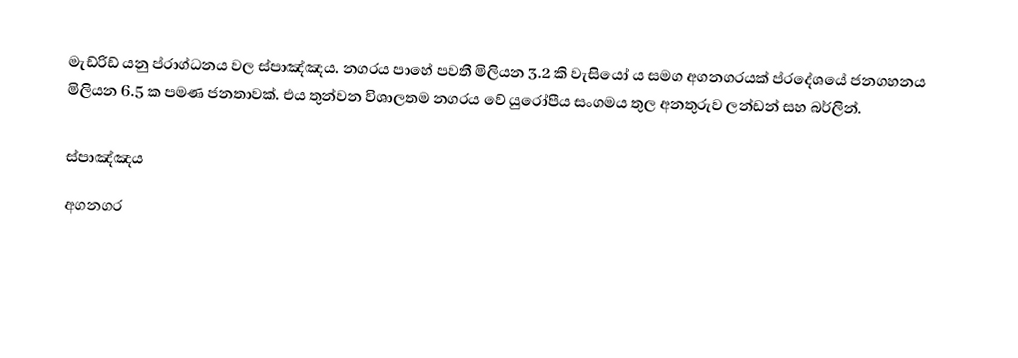
මැඩ්රිඩ් යනු ප්රාග්ධනය වල ස්පාඤ්ඤය. නගරය පාහේ පවතී මිලියන 3.2 කි වැසියෝ ය සමග අගනගරයක් ප්රදේශයේ ජනගහනය මිලියන 6.5 ක පමණ ජනතාවක්. එය තුන්වන විශාලතම නගරය වේ යුරෝපීය සංගමය තුල අනතුරුව ලන්ඩන් සහ බර්ලින්.

ස්පාඤ්ඤය
අගනගර